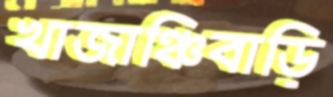
খাজাঞ্চিবাড়ি